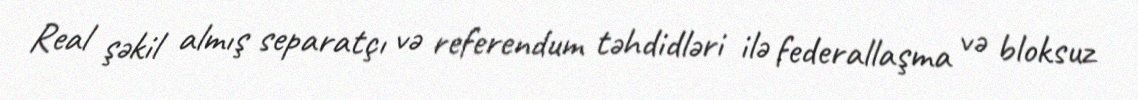
Real şəkil almış separatçı və referendum təhdidləri ilə federallaşma və bloksuz